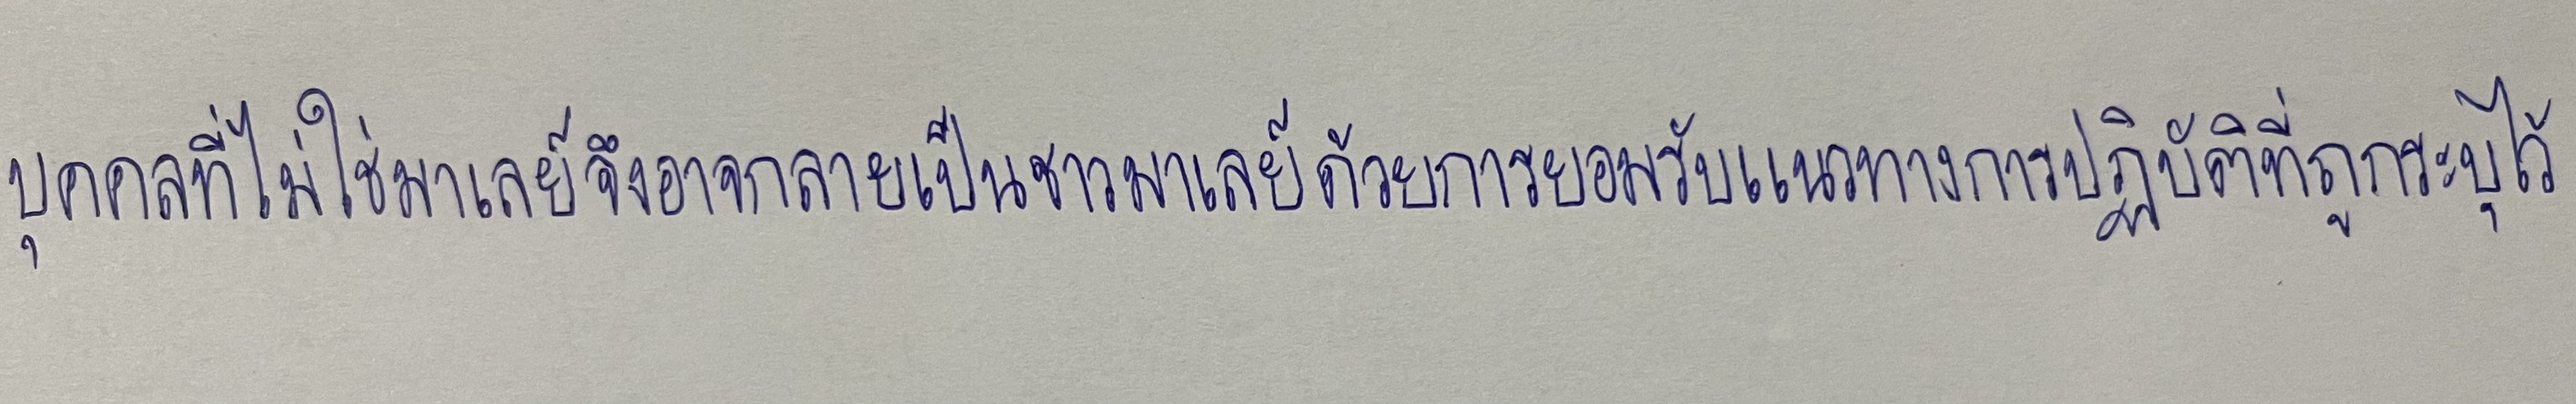
บุคคลที่ไม่ใช่มาเลย์จึงอาจกลายเป็นชาวมาเลย์ด้วยการยอมรับแนวทางการปฏิบัติที่ถูกระบุไว้